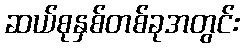
ဆယ်စုနှစ်တစ်ခုအတွင်း